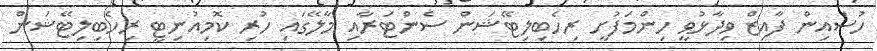
ހުސައިން ފާއިޒް ވިދާޅުވީ ހިންމަފުށީ ރިހެބިލިޓޭޝަން ސެންޓަރާއި މާލޭގައި ހުރި ކޮމިއުނިޓީ ރިހެބިލިޓޭޝަން